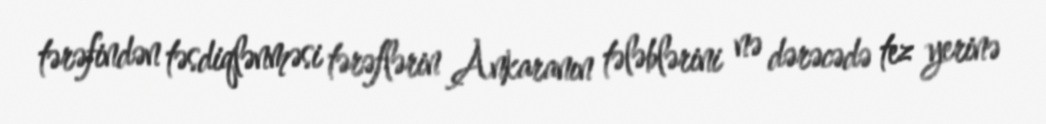
tərəfindən təsdiqlənməsi tərəflərin Ankaranın tələblərini nə dərəcədə tez yerinə